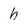
Character: h